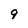
Character: 9